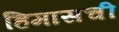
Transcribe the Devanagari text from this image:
हिमासची